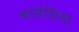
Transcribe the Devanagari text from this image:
बालेशिया